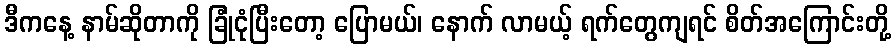
ဒီကနေ့ နာမ်ဆိုတာကို ခြုံငုံပြီးတော့ ပြောမယ်၊ နောက် လာမယ့် ရက်တွေကျရင် စိတ်အကြောင်းတို့